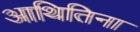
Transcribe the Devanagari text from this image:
आथितिना